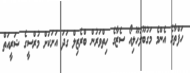
ހަފްތާގެ އެންމެ މަގުބޫލުހޫލިއޯ ސެޒާގެ ހިތްވަރުން ބްރެޒިލް ގަދަ އަށަކަށް މުރްސީގެ ޝަރީއަތް